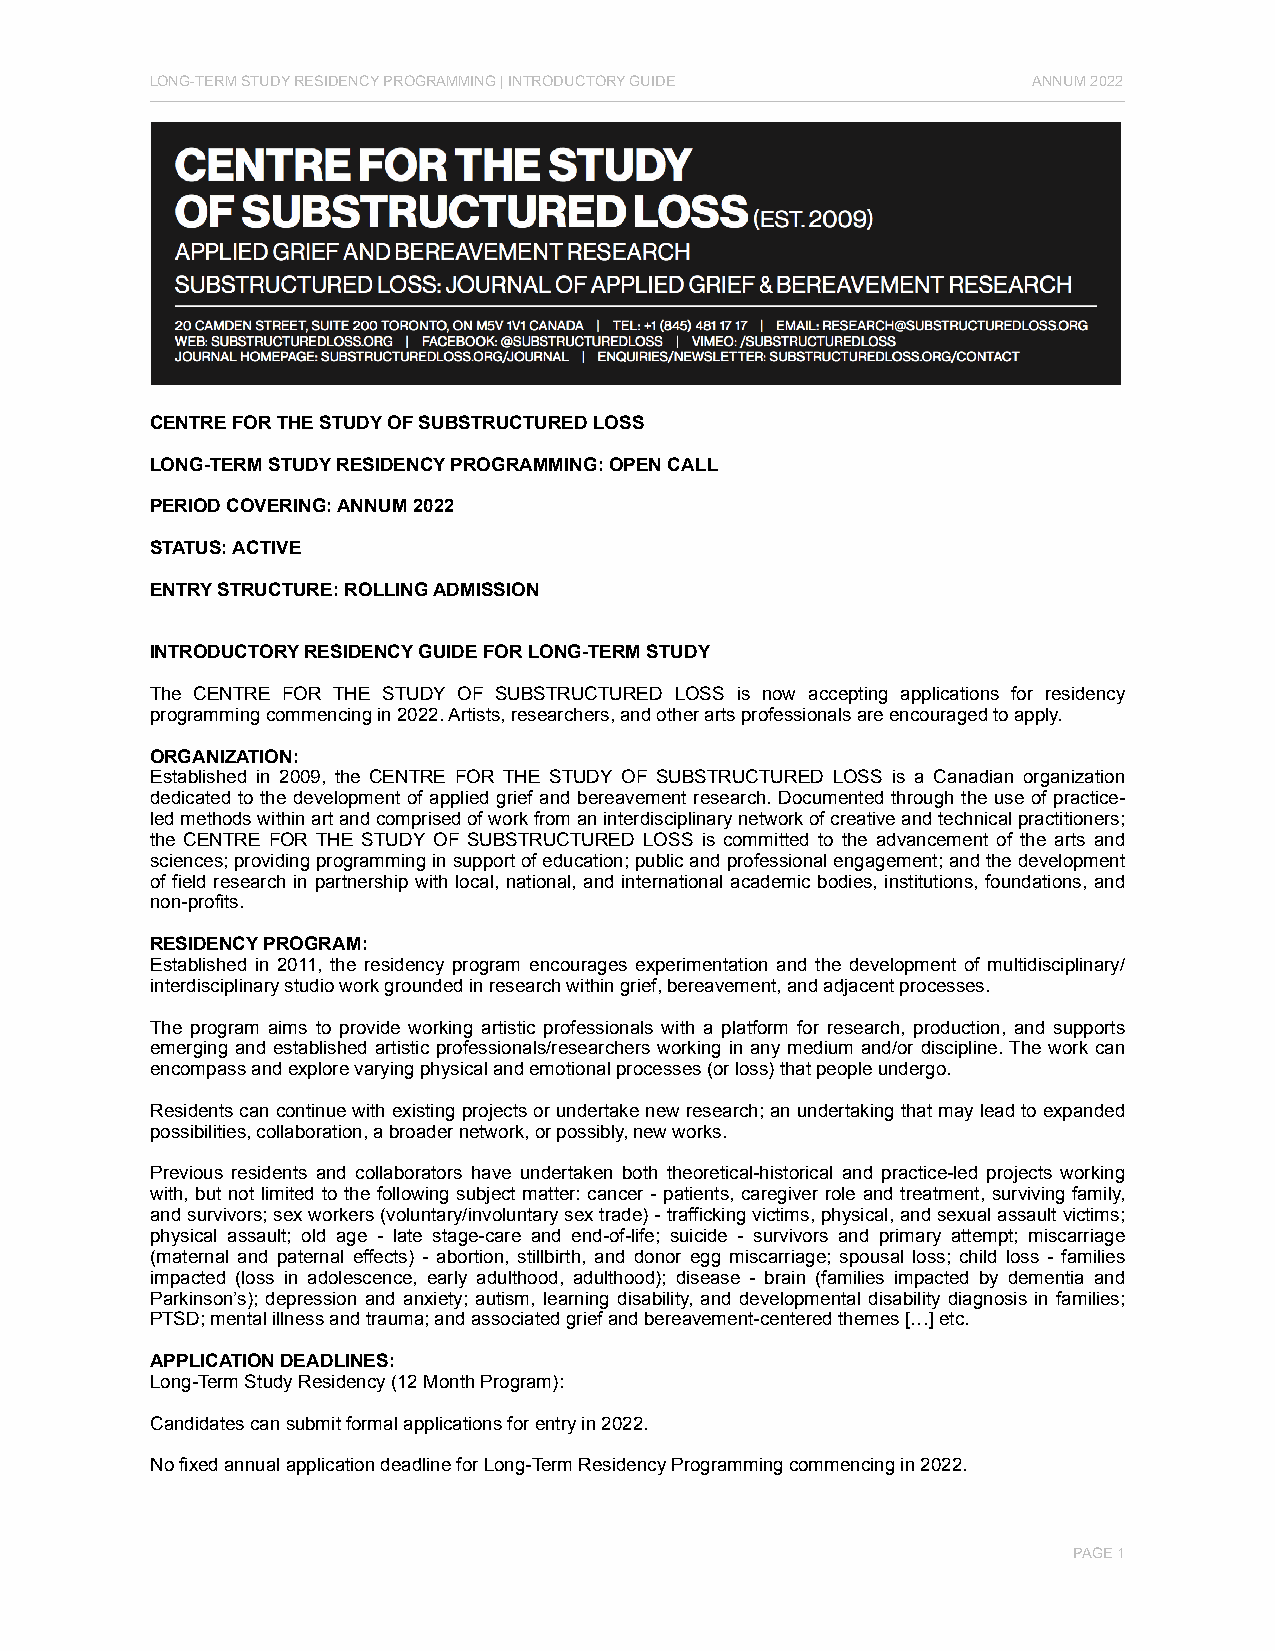
LONG-TERM STUDY RESIDENCY PROGRAMMING | INTRODUCTORY GUIDE ANNUM 2022
 CENTRE FOR THE STUDY OF SUBSTRUCTURED LOSS
 LONG-TERM STUDY RESIDENCY PROGRAMMING: OPEN CALL
 PERIOD COVERING: ANNUM 2022
 STATUS: ACTIVE
 ENTRY STRUCTURE: ROLLING ADMISSION
 INTRODUCTORY RESIDENCY GUIDE FOR LONG-TERM STUDY
 The CENTRE FOR THE STUDY OF SUBSTRUCTURED LOSS is now accepting applications for residency
 programming commencing in 2022. Artists, researchers, and other arts professionals are encouraged to apply.
 ORGANIZATION:
 Established in 2009, the CENTRE FOR THE STUDY OF SUBSTRUCTURED LOSS is a Canadian organization
 dedicated to the development of applied grief and bereavement research. Documented through the use of practice-
 led methods within art and comprised of work from an interdisciplinary network of creative and technical practitioners;
 the CENTRE FOR THE STUDY OF SUBSTRUCTURED LOSS is committed to the advancement of the arts and
 sciences; providing programming in support of education; public and professional engagement; and the development
 of field research in partnership with local, national, and international academic bodies, institutions, foundations, and
 non-profits.
 RESIDENCY PROGRAM:
 Established in 2011, the residency program encourages experimentation and the development of multidisciplinary/
 interdisciplinary studio work grounded in research within grief, bereavement, and adjacent processes.
 The program aims to provide working artistic professionals with a platform for research, production, and supports
 emerging and established artistic professionals/researchers working in any medium and/or discipline. The work can
 encompass and explore varying physical and emotional processes (or loss) that people undergo.
 Residents can continue with existing projects or undertake new research; an undertaking that may lead to expanded
 possibilities, collaboration, a broader network, or possibly, new works.
 Previous residents and collaborators have undertaken both theoretical-historical and practice-led projects working
 with, but not limited to the following subject matter: cancer - patients, caregiver role and treatment, surviving family,
 and survivors; sex workers (voluntary/involuntary sex trade) - trafficking victims, physical, and sexual assault victims;
 physical assault; old age - late stage-care and end-of-life; suicide - survivors and primary attempt; miscarriage
 (maternal and paternal effects) - abortion, stillbirth, and donor egg miscarriage; spousal loss; child loss - families
 impacted (loss in adolescence, early adulthood, adulthood); disease - brain (families impacted by dementia and
 Parkinson’s); depression and anxiety; autism, learning disability, and developmental disability diagnosis in families;
 PTSD; mental illness and trauma; and associated grief and bereavement-centered themes […] etc.
 APPLICATION DEADLINES:
 Long-Term Study Residency (12 Month Program):
 Candidates can submit formal applications for entry in 2022.
 No fixed annual application deadline for Long-Term Residency Programming commencing in 2022.
 PAGE 1